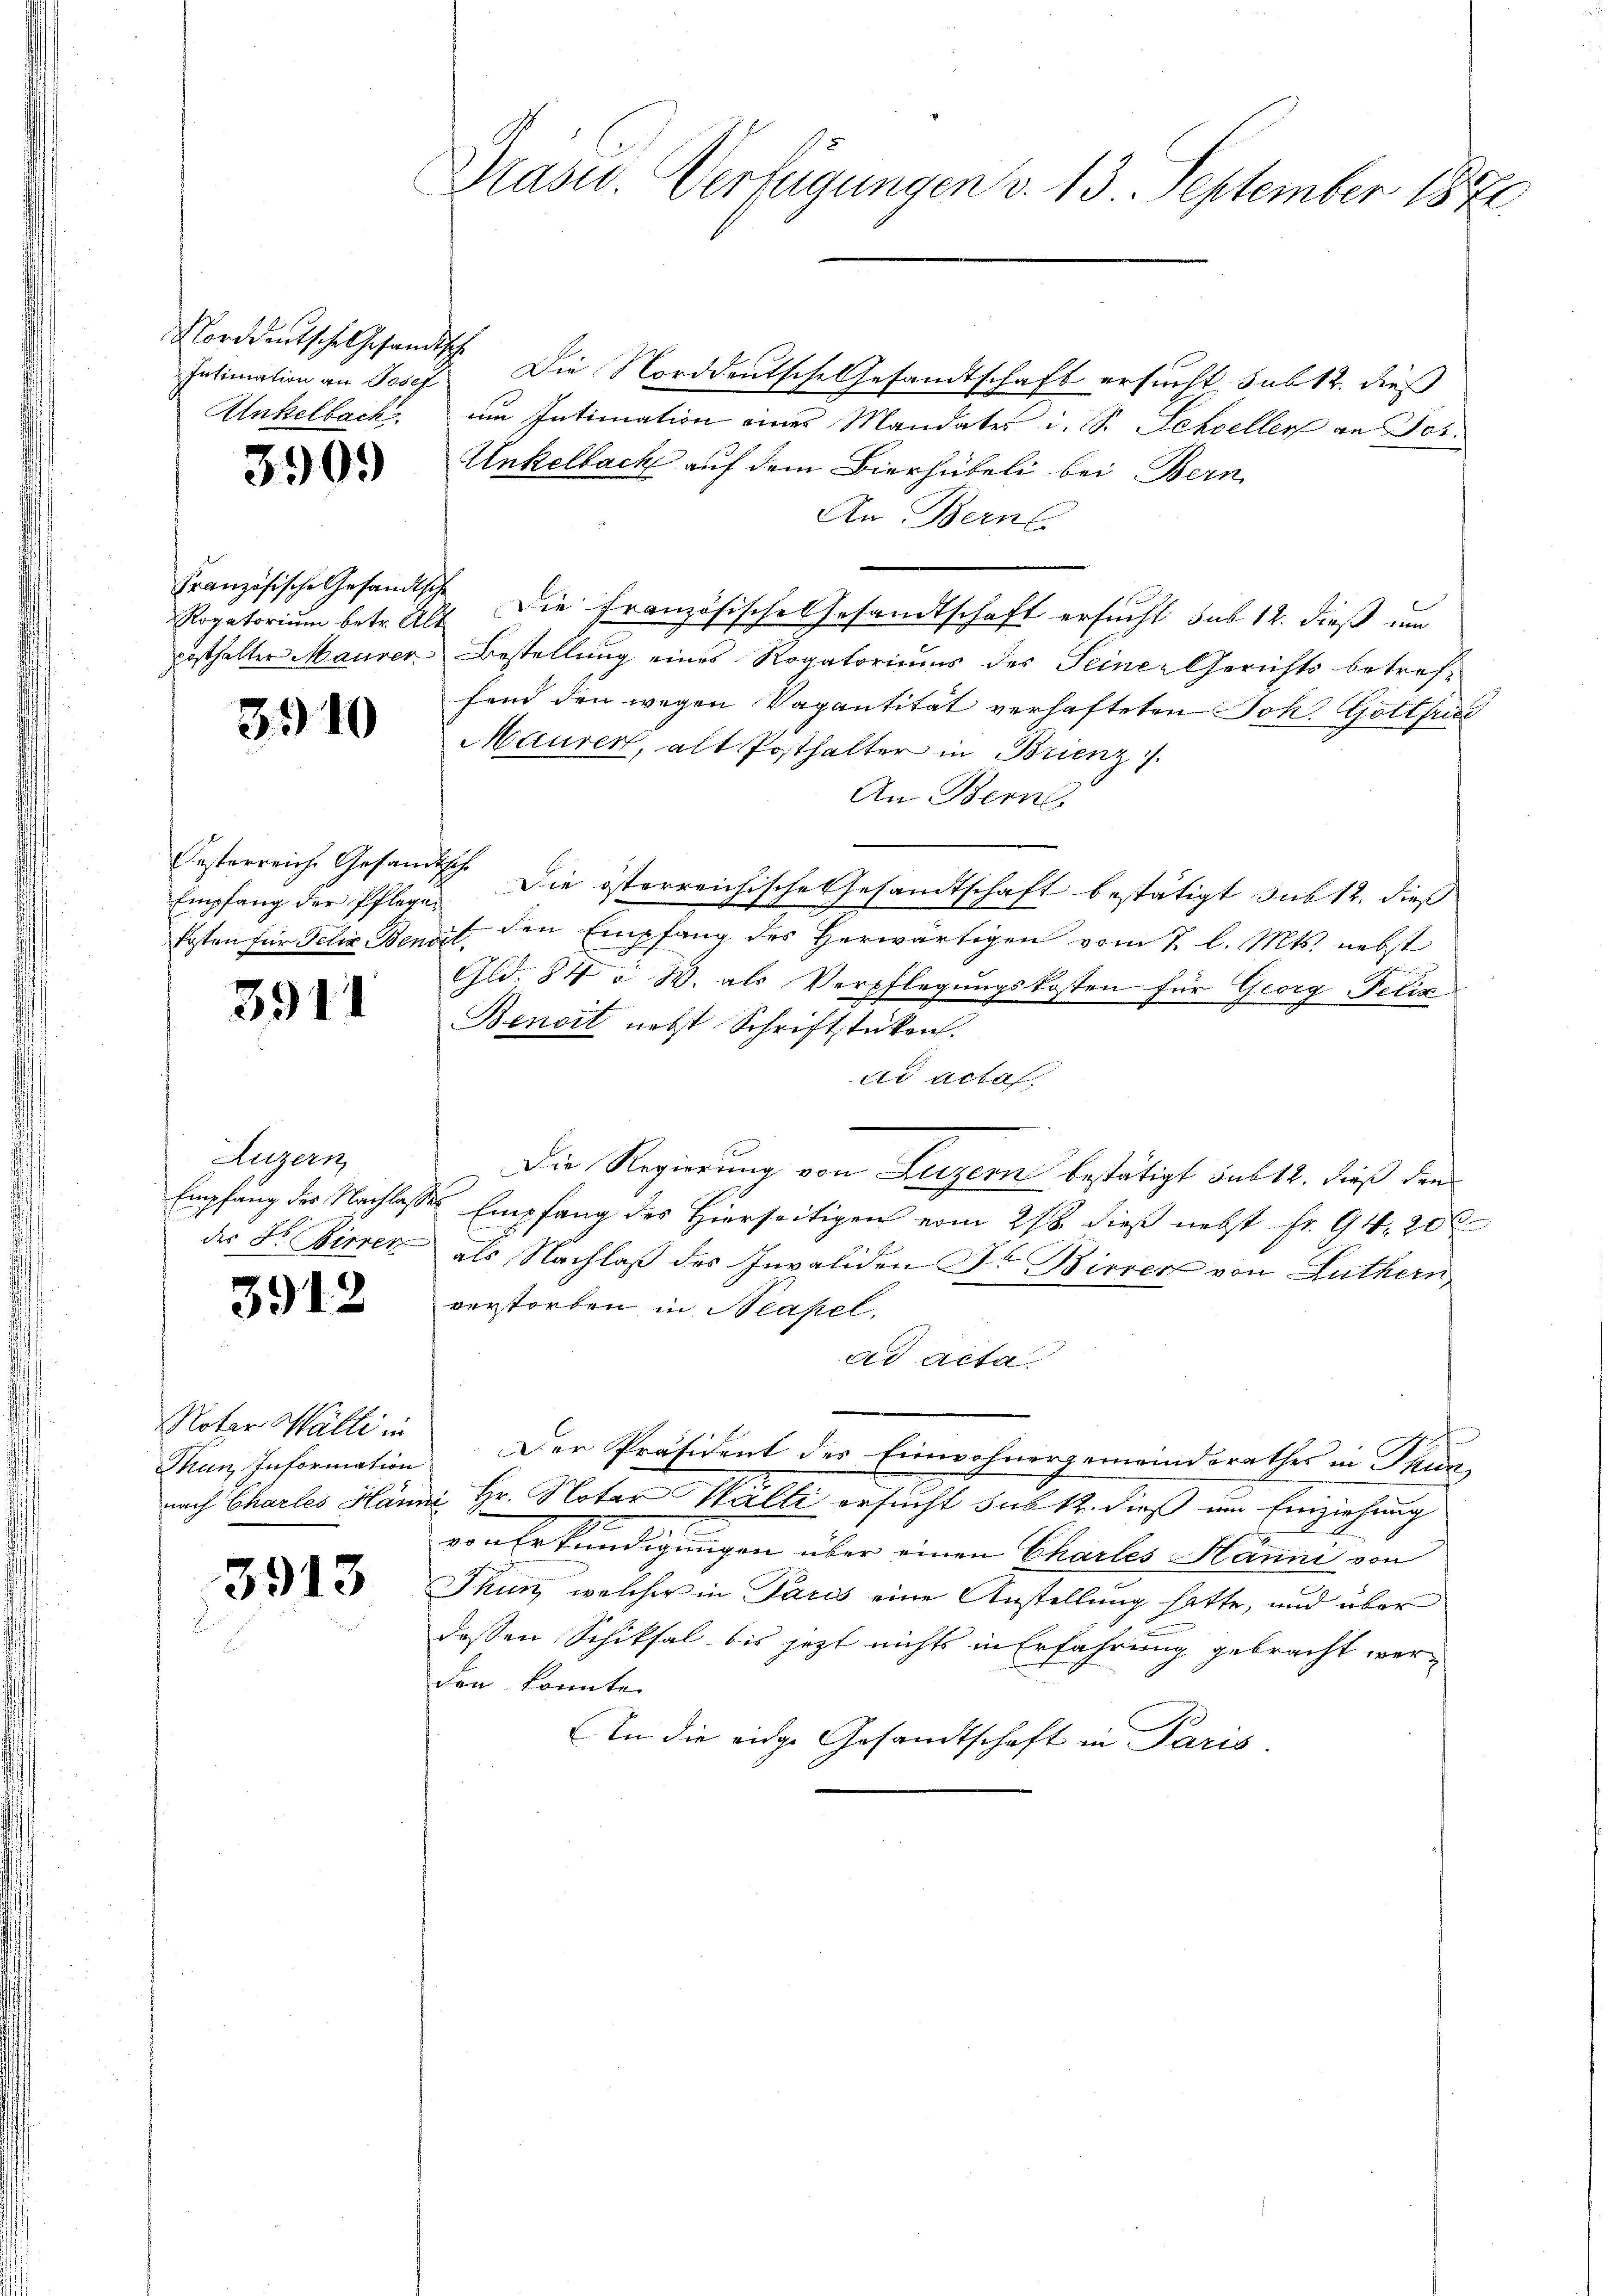
Norddeutsche Gesandtsche
Intimation an Josef
Ankelbach

3909)

Französische Gesandtsche
posthalter Maurer

3910

esterreiche Gesam
Empfang der Pflege
kosten für Peter Ben

3911

Luzern
des Dr. Wirren

3912

Noter Walli in
Man, Information
nach Chartes Han

3913

Präsid. Verfügungen v. 13. September 1870.

Die Norddeutsche Gesandtschaft ersucht, sub 12. dieß
im Intimation eines Mandates i. S. Schweller an Jos.
Unkelbach auf dem Bierhübeli bei Bern
An Bern
Rogatorium betr. Art. Die Französische Gesandtschaft ersucht sub 12. dieß um
Bestellung eines Rogatoriums des Seiner Gerichts betreffend den wegen Vagantität verhafteten Joh. Gottfund
Maurer, alt Posthalter in Brienz
An Bern
Ich. Die österreichische Gesandtschaft bestätigt sub 12. dies
t. den Empfang des herwärtigen vom 2. l. Mts. nebst
Gld. 84 u. W. als Verpflegungskosten für Georg Felix
Benoit nebst Schriftstücken.
ad acta
Die Regierung von Luzern bestätigt sub 12. dieß den
Empfang der Nachlasse Empfang des Hierseitigen vom 21. dieß nebst fr. 94. 200
als Nachlaß des Invaliden Dr Bierer von Luthern
verstorben in Neapel.
ad Acta
Der Präsident des Einwohnergemeindsrathes in Thur¬
u. Hr. Notar Walli ersucht sub 12. dieß um Einziehung
3
von Erkundigungen über einen Chartes Hanni von
Thun, welcher in Paris eine Anstellung hatte, und über
dessen Schiksal bis jetzt nichts in Erfahrung gebracht werden konnte.
In die eidge Gesandtschaft in Paris.